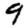
Digit: 9